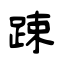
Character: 踈